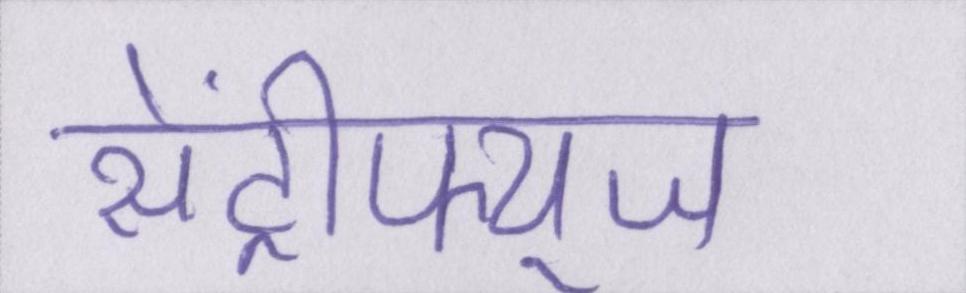
सेंट्रीफ्यूज